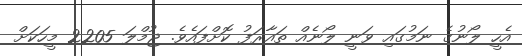
އެހީ ލޯނުގެ ނަމުގައި ވަނީ ލޯނެއް ތައާރަފު ކޮށްފައެވެ. ޖުމްލަ 2205 މީހަކަށް